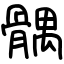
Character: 髃